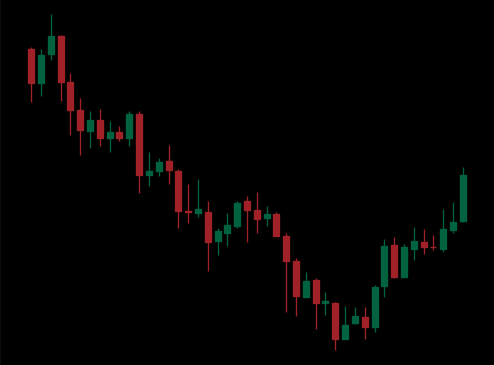
Pattern: bull_flag